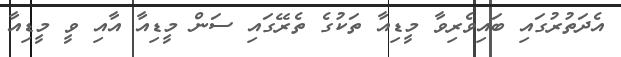
އެދަތުރުގައި ބައިވެރިވާ މީޑިއާ ތަކުގެ ތެރޭގައި ސަން މީޑިއާ އާއި ވީ މީޑިއާ